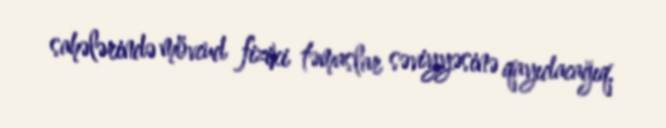
sahələrində mövcud fiziki təmaslar səviyyəsinə qayıdacağıq.